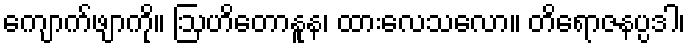
ကျောက်ဖျာကို။ ဩဟိတောနူန၊ ထားလေသလော။ တိရောဇနပ္ပဒါ၊